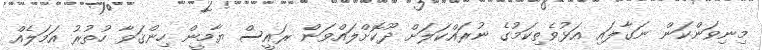
މިނިވަންކަން ނަގާލައި އަޅުވެތިކަމުގެ ނުރައްކަލަށް ދޫކޮށްލައްވަން ރައީސް ޔާމީން ހިންގަވާ ހުތުރު އަމަލެއް